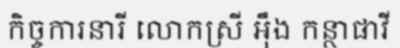
កិច្ចការនារី លោកស្រី អ៊ឹង កន្ថាផាវី